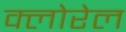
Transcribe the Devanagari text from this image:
क्लोरेल